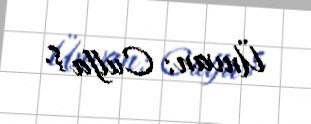
Ünvan: Culfa ş.